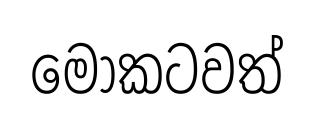
මොකටවත්